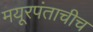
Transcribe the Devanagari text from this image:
मयूरपंताचीच